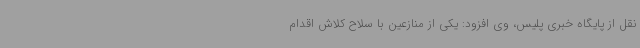
نقل از پایگاه خبری پلیس، وی افزود: یکی از منازعین با سلاح کلاش اقدام